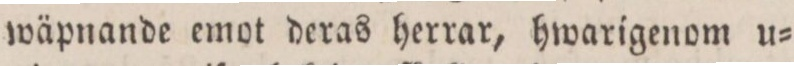
wäpnande emot deras herrar, hwarigenom u=